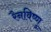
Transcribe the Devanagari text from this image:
रैनविष्णु